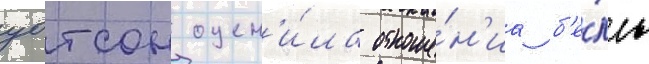
уотсон оцен'и́ла отноше́н'иа б'е́лль